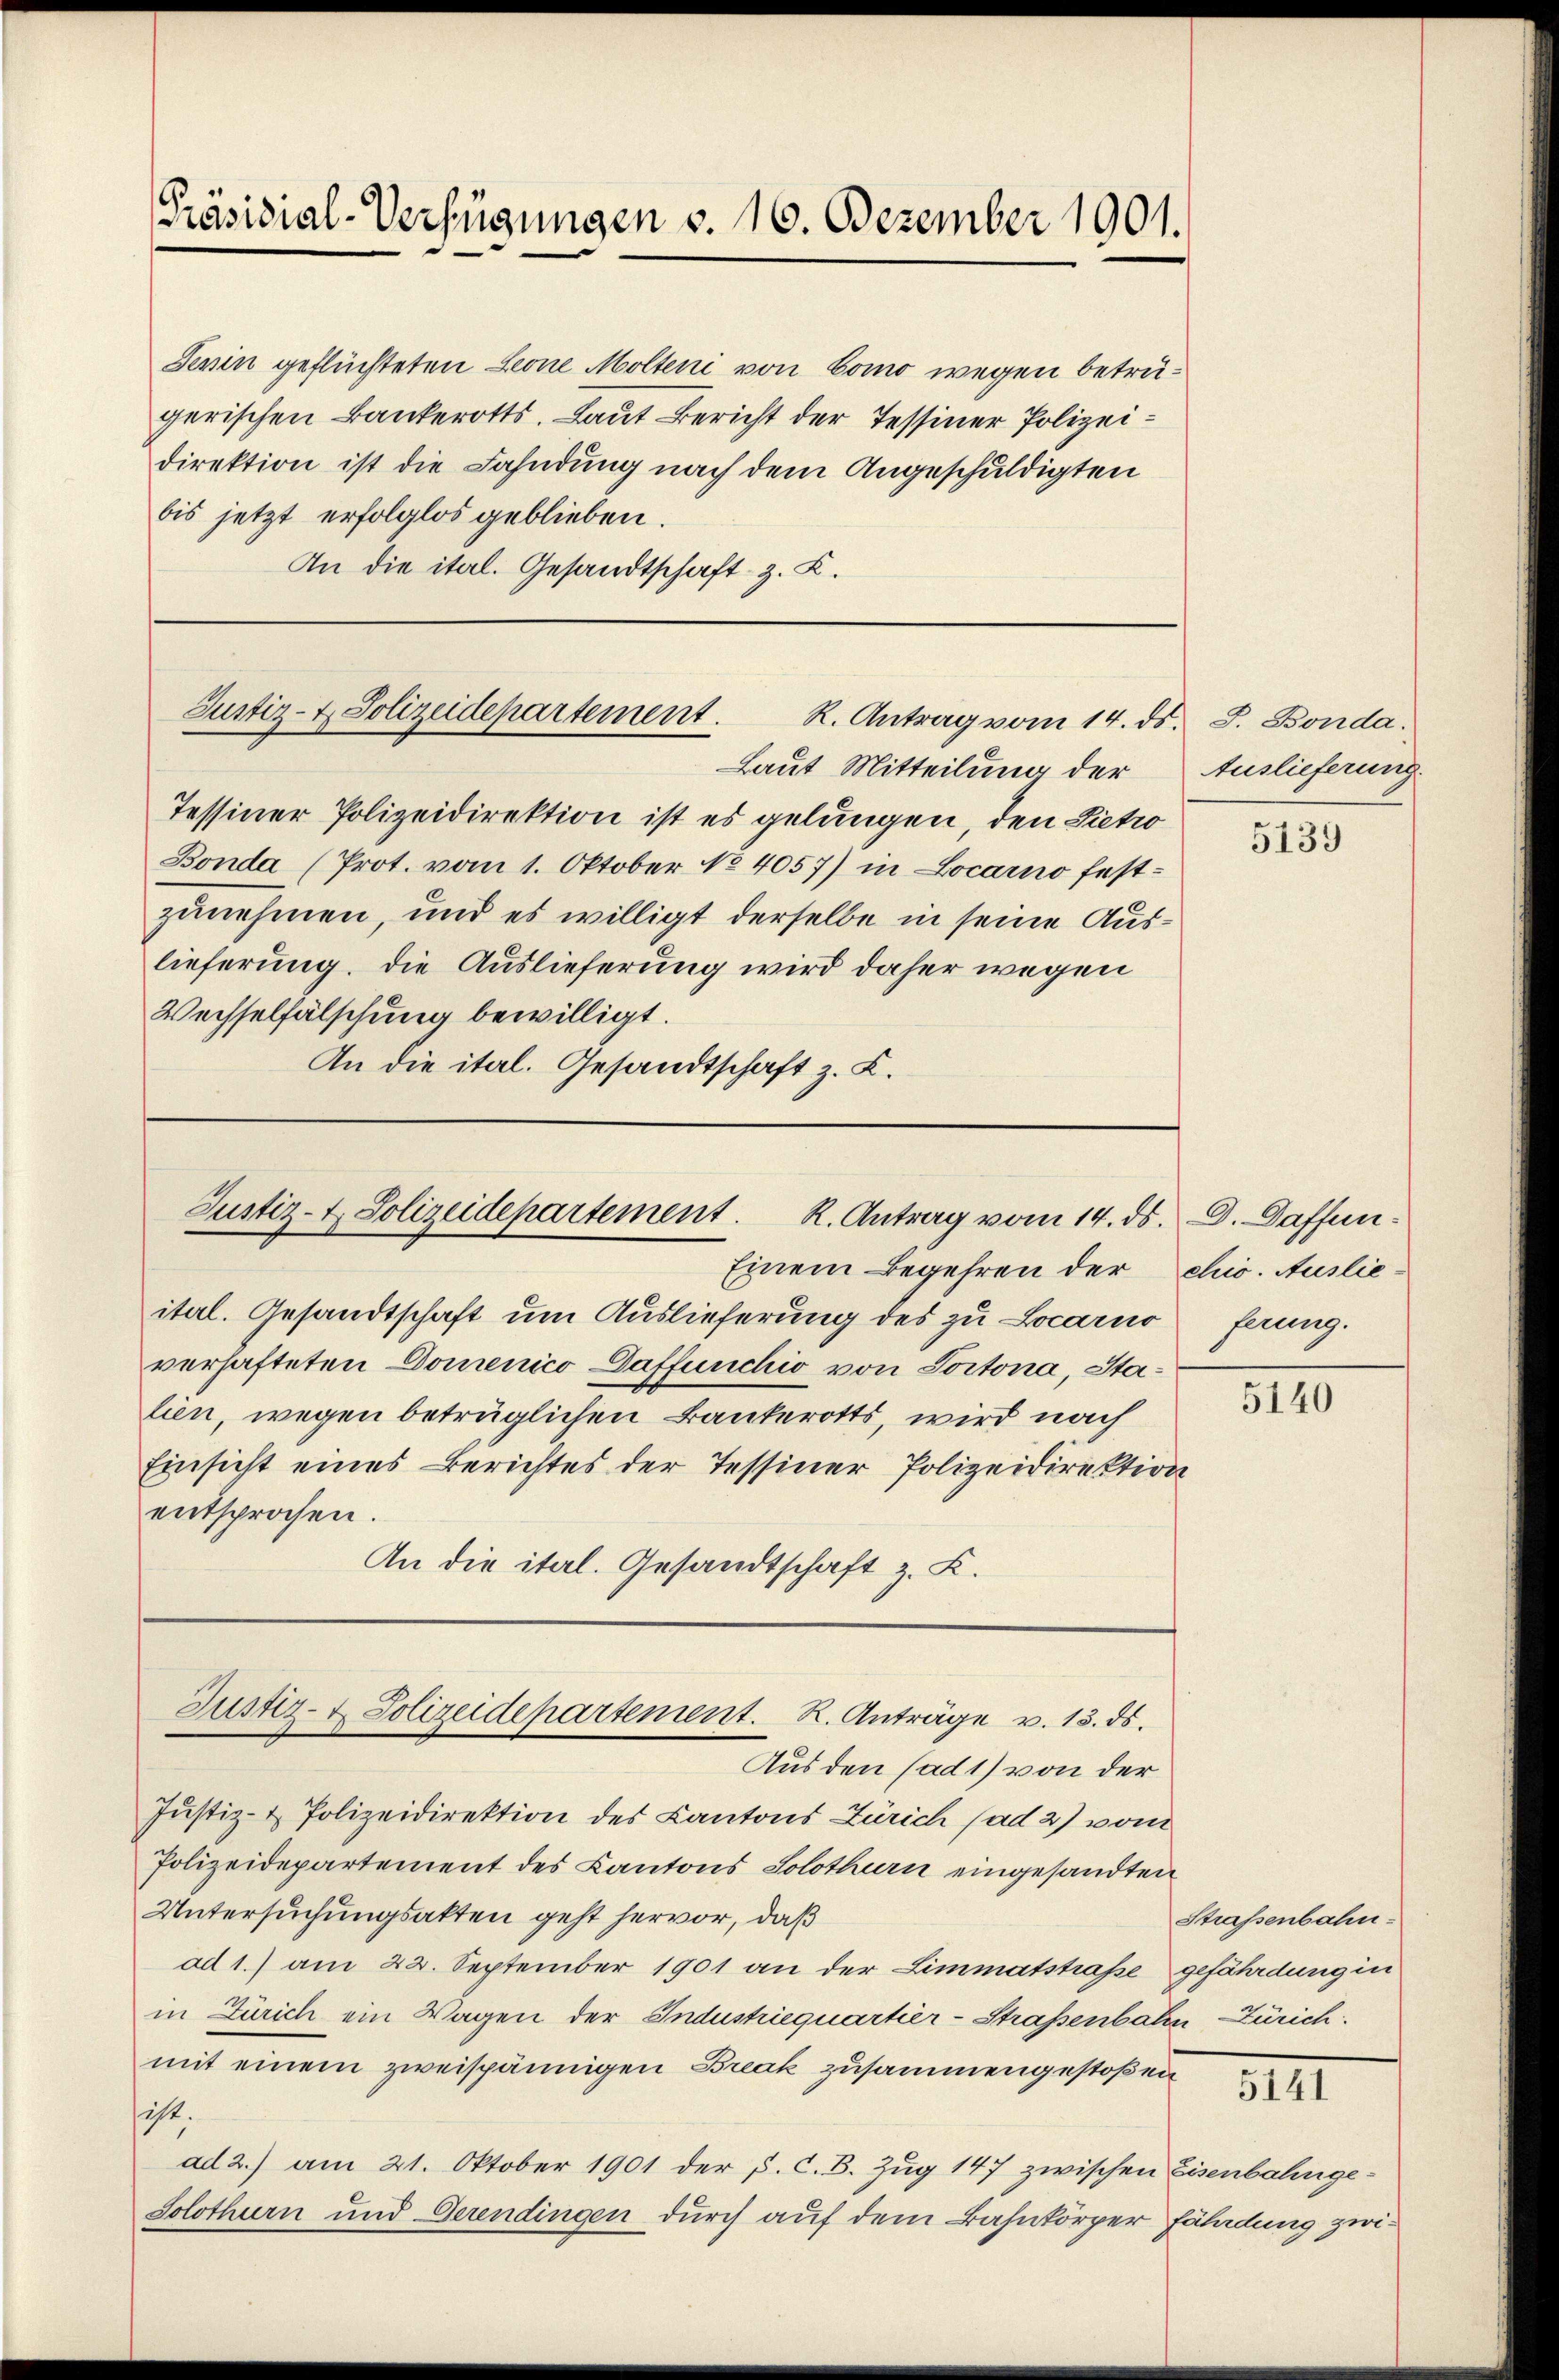
Präsidial-Verfügungen v. 16. Dezember 1901.

Jenin geflüchteten Leone Molten von Como wegen beträgerischen Bankerotts. Laut Bericht der Tessiner Polizeidirektion ist die Fahndung nach dem Angeschuldigten
bis jetzt erfolglos geblieben.
An die ital. Gesandtschaft z. B.

Justiz- & Polizeidepartement.
R. Antrag vom 14. ds.

itel. Gesandtschaft um Auslieferung des zu Locarno
verhafteten Domenico Daffunchio von Portona, Stalien, wegen beträglichen Bankerotts wird nach
Einsicht eines Berichtes der Tessiner Polizeidirektion
entsprochen.
An die ital. Gesandtschaft z. K.

Laut Mitteilung der
Tessiner Polizeidirektion ist es gelungen, den Pietro
Bonda (Prot. vom 1. Oktober No 4057) in Locarno festzunehmen, und es willigt derselbe in seine Auslieferung, die Auslieferung wird daher wegen
Wechselfälschung bewilligt.
An die ital. Gesandtschaft z. B.

Justiz- & Polizeidepartement. R. Antrag vom 14. ds.
Einem Begehren der chis. Auslie¬

Justiz- & Polizeidepartement. R. Anträge v. 13. ds.

Aus den (ad1) von der
Justiz- & Polizeidirektion des Kantons Zürich ad 2) vom
Polizeidepartement des Kantons Solothurn eingesandten
Untersuchungsakten geht hervor, daß
ad 1.) am 22. September 1901 an der Limmatstraße gefährdung in
in Zürich ein Wagen der Industriequartier-Straßenbahn-Zürich:
mit einem zweispännigen Break zusammengestoßen
sicht.
ad 2.) am 21. Oktober 1901 der p. C. B. Zug 147 zwischen Eisenbahnge¬
Solothurn und Gerendingen durch auf dem Bahnkörper Fäladung zwi¬

T. J. Bonda.
Auslieferung.

5139

D. Daffen.
ferung.

5140

Strassenbahn-

III